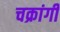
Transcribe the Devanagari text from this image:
चक्रांगी